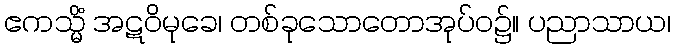
ဧကသ္မိံ အဋဝိမုခေ၊ တစ်ခုသောတောအုပ်ဝ၌။ ပညာသာယ၊